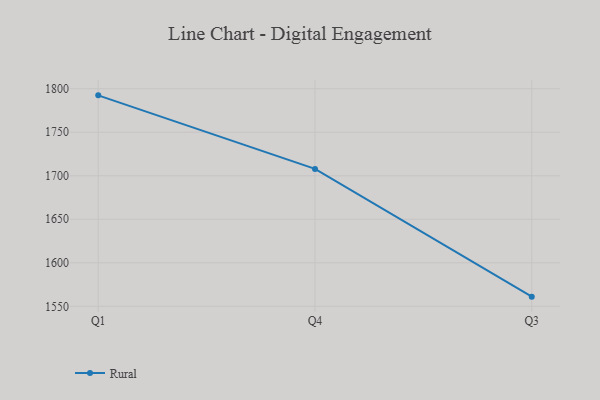
{"axis": {"x": "Quarter", "y": "Tickets Resolved"}, "legend": ["Rural"], "data": [{"x": "Q1", "y": 1792.4, "type": "Rural"}, {"x": "Q4", "y": 1707.9, "type": "Rural"}, {"x": "Q3", "y": 1561.1, "type": "Rural"}]}